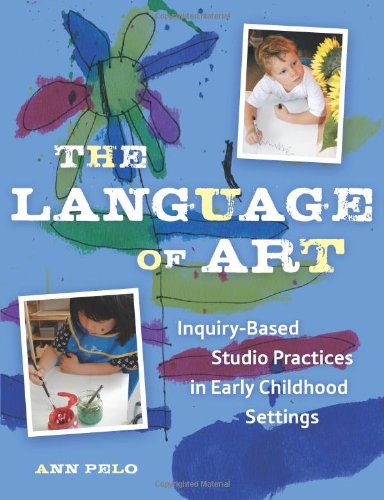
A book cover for The Language of Art: Inquiry-Based Studio Practices in Early Childhood Settings; Ann Pelo; Arts & Photography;